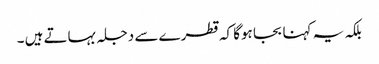
بلکہ یہ کہنا بجا ہوگا کہ قطرے سے دجلہ بہاتے ہیں ۔